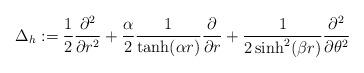
LaTeX: \begin{align*}\Delta_{h} := \frac{1}{2}\frac{\partial^2}{\partial r^2}+\frac{\alpha}{2}\frac{1}{\tanh(\alpha r)}\frac{\partial}{\partial r}+\frac{1}{2\sinh^2(\beta r)}\frac{\partial^2}{\partial\theta^2}\end{align*}